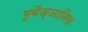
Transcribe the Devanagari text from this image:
भूवैज्ञानिक